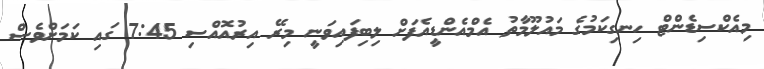
މިއެކްސިޑެންޓް ހިނގިކަމުގެ މައުލޫމާތު އެމްއެންޑީއެފަށް ލިބިފައިވަނީ މިރޭ އިރުއޮއްސި 7:45 ގައި ކަމަށްވެސް